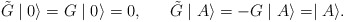
\begin{align*}\tilde{G} \mid 0 \rangle = G \mid 0 \rangle = 0, \;\;\;\;\;\;\tilde{G} \mid A \rangle = - G \mid A \rangle = \mid A \rangle . \end{align*}